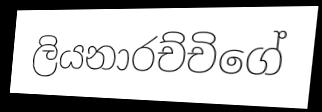
ලියනාරච්චිගේ